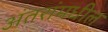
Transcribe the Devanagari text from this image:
अंतरांमधील